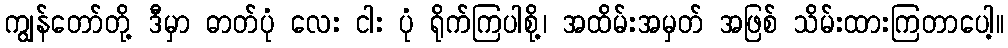
ကျွန်တော်တို့ ဒီမှာ ဓာတ်ပုံ လေး ငါး ပုံ ရိုက်ကြပါစို့၊ အထိမ်းအမှတ် အဖြစ် သိမ်းထားကြတာပေါ့။